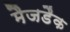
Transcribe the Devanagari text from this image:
मैजडैक